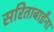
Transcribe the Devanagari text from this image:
सरिताबाईंना